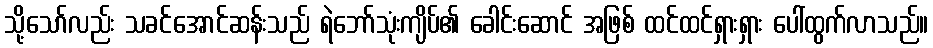
သို့သော်လည်း သခင်အောင်ဆန်းသည် ရဲဘော်သုံးကျိပ်၏ ခေါင်းဆောင် အဖြစ် ထင်ထင်ရှားရှား ပေါ်ထွက်လာသည်။